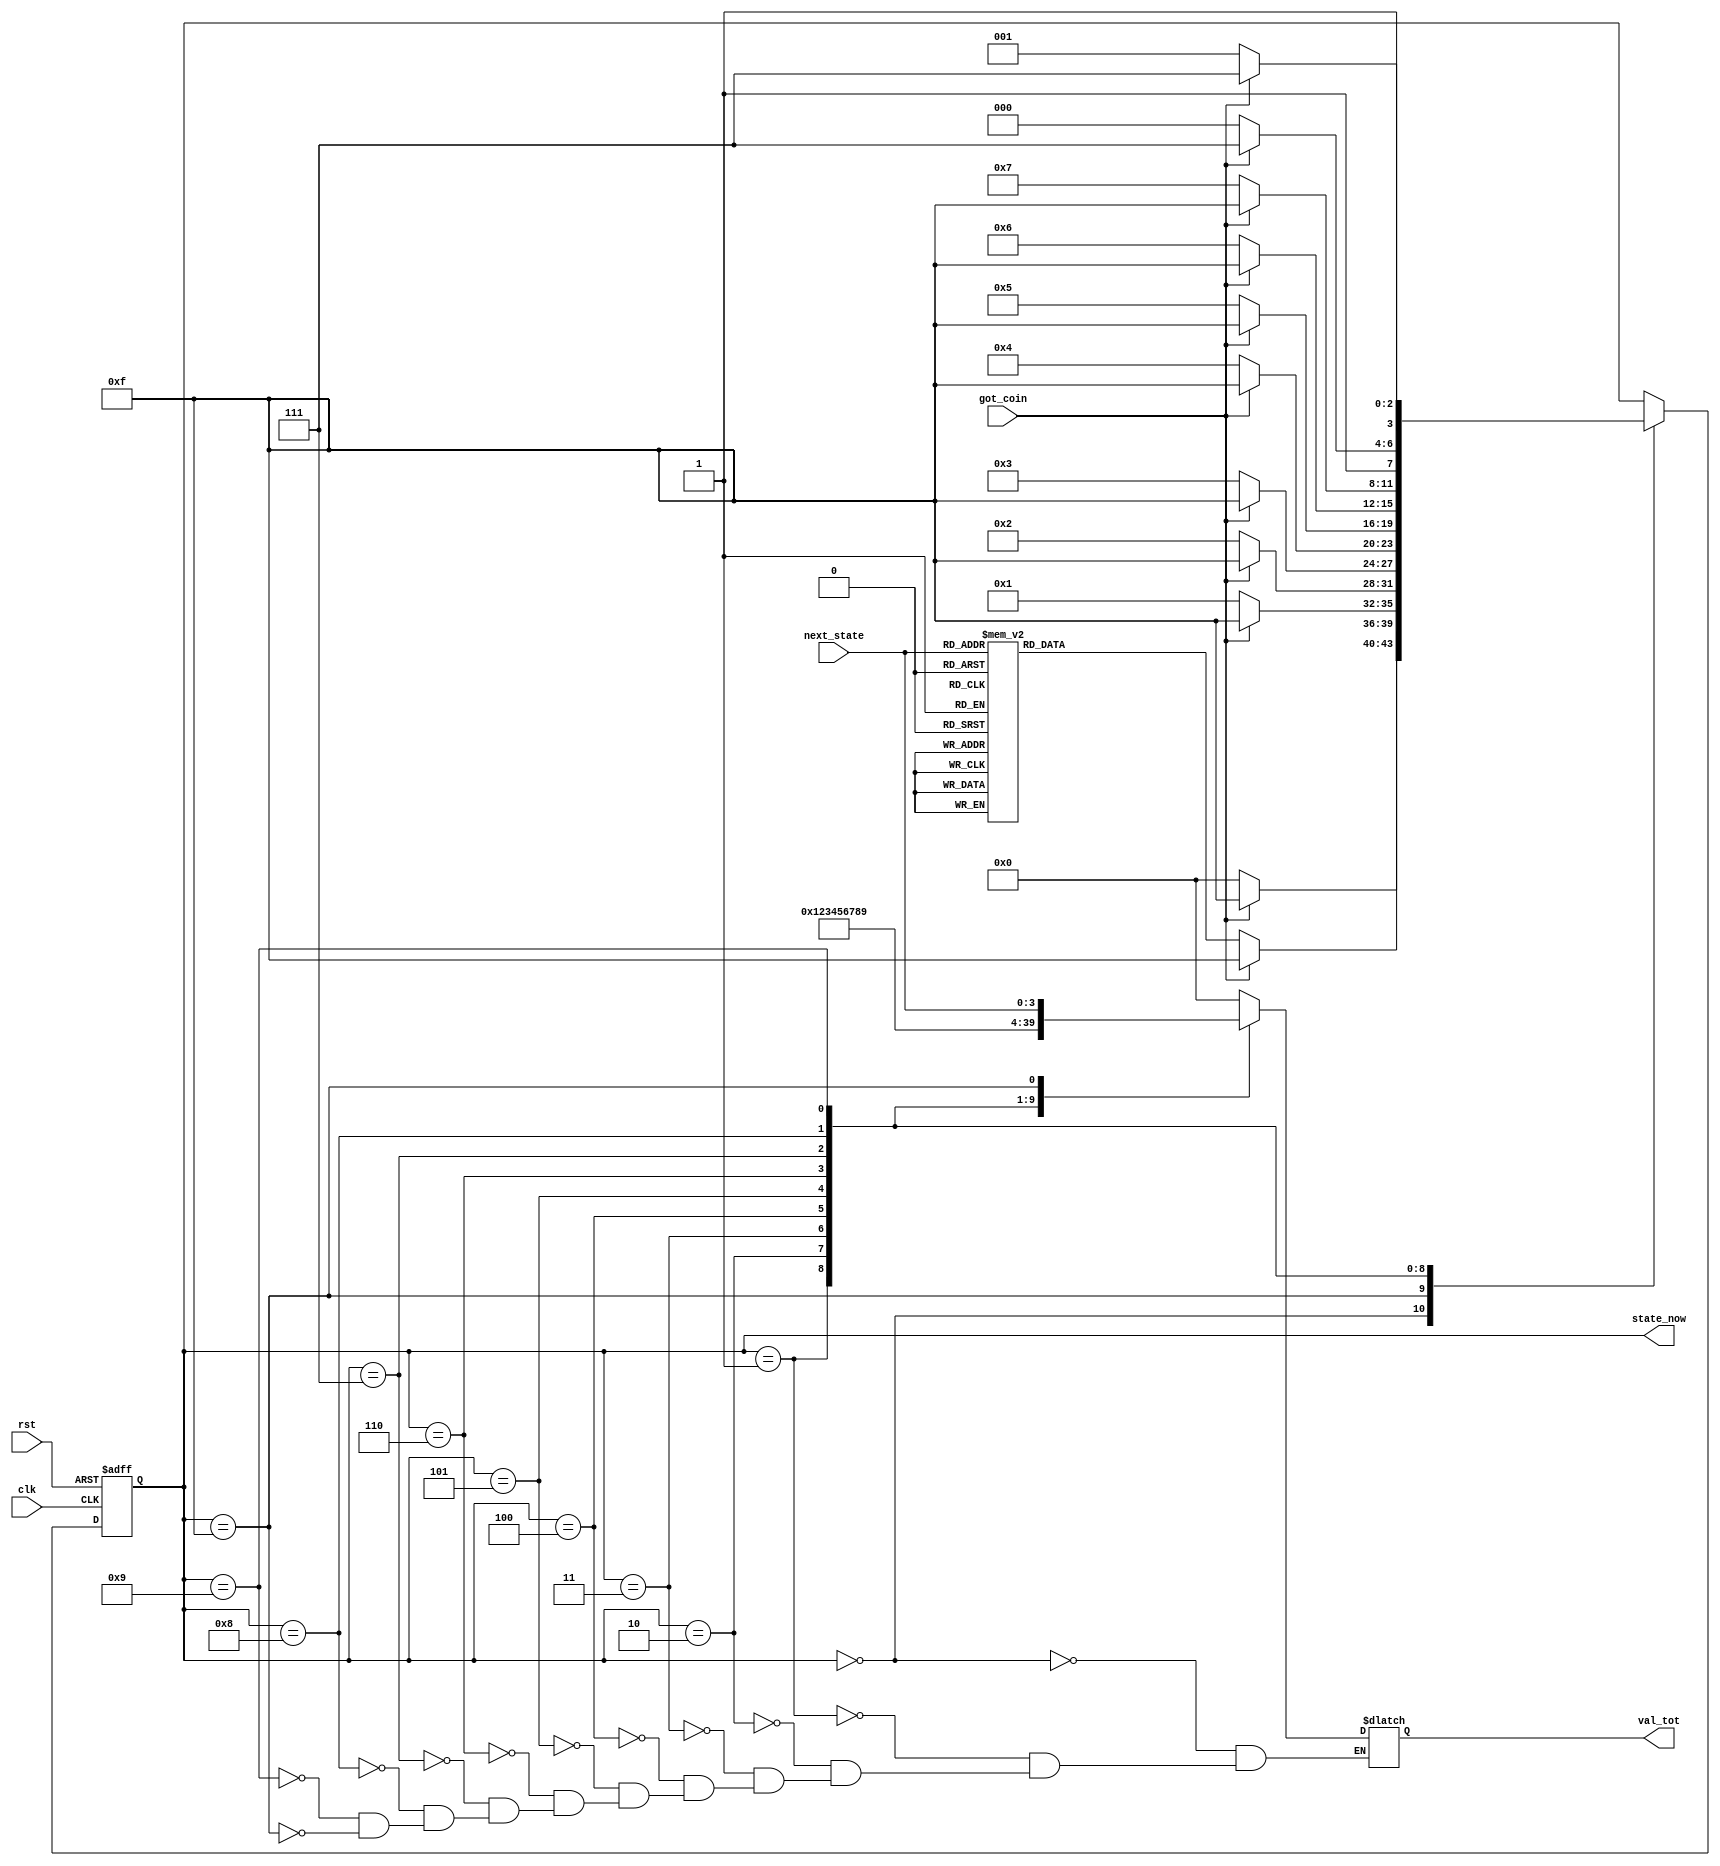
module get_val_tot(clk, rst ,next_state , val_tot, got_coin, state_now);
	input clk, rst ,got_coin;
	input [3:0] next_state;
	
	parameter 
	penny0 = 4'b0000,
	penny0_25 = 4'b0001 ,
	penny0_50 = 4'b0010,
	penny0_75 = 4'b0011,
	penny1 = 4'b0100,
	penny1_25 = 4'b0101,
	penny1_50 = 4'b0110,
	penny1_75 = 4'b0111,
	penny2 = 4'b1000,
	penny_invalid = 4'b1001,
	wait_pulse_down = 4'b1111;
	
	
	output reg [3:0] val_tot, state_now;
	reg [3:0] state;

	
	initial begin
		state <= penny0;
		val_tot = 0;
		state_now <= 0;
		
	end
	
	always@(posedge clk, negedge rst) begin
		
		if(rst == 0) state <= penny0;
		
		else begin
			case(state)
		
				penny0: begin
				
					if(got_coin) begin
						
						state <= wait_pulse_down;
						
					end
					
					else state <= penny0;	
				end 
				
				wait_pulse_down: begin
					if(got_coin) state <= wait_pulse_down;
					
					else begin 
						case(next_state)
							penny0: state <=  penny0;
							penny0_25: state <=  penny0_25;
							penny0_50: state <=  penny0_50;
							penny0_75: state <=  penny0_75;
							penny1: state <=  penny1;
							penny1_25:  state <=  penny1_25;
							penny1_50:  state <=  penny1_50;
							penny1_75:  state <=  penny1_75;
							penny2:  state <=  penny2;
							default: state <= penny_invalid;
						endcase
					end
				end
				
				
				penny0_25: begin
				
					if(got_coin) begin
					
						
						state <= wait_pulse_down;
						
					end
					else state <= penny0_25;	
				end 
				
				penny0_50: begin
				
					if(got_coin) begin
					
						
						state <= wait_pulse_down;
						
					end
					else state <= penny0_50;	
				end 
				
				penny0_75: begin
				
					if(got_coin) begin
					
						
						state <= wait_pulse_down;
						
					end
					else state <= penny0_75;	
				end 
				
				penny1: begin
				
					if(got_coin) begin
					
						
						state <= wait_pulse_down;
						
					end
					else state <= penny1;	
				end 
				
				
				penny1_25: begin
				
					if(got_coin) begin
					
						
						state <= wait_pulse_down;
						
					end
					else state <= penny1_25;	
				end 
				
				penny1_50: begin
				
					if(got_coin) begin
					
						
						state <= wait_pulse_down;
						
					end
					else state <= penny1_50;	
				end 
				
				penny1_75: begin
				
					if(got_coin) begin
					
						
						state <= wait_pulse_down;
						
					end
					else state <= penny1_75;	
				end 
				
				penny2: begin
				
					if(got_coin) begin
					
						
						state <= wait_pulse_down;
						
					end
					else state <= penny2;	
				end 
				
				penny_invalid: begin
					
					if(got_coin) begin
					
						
						state <= wait_pulse_down;
						
					end
					else state <= penny_invalid;
				end
				
			endcase
		
		end
	
	
		
	end
	
	always@(state)begin
	
		case (state)
			penny0: val_tot = 0;
			penny0_25: val_tot = 1;
			penny0_50: val_tot = 2;
			penny0_75: val_tot = 3;
			penny1: val_tot = 4;
			penny1_25: val_tot = 5;
			penny1_50: val_tot = 6;
			penny1_75: val_tot = 7;
			penny2: val_tot = 8;
			penny_invalid: val_tot = 9;
			wait_pulse_down: val_tot = next_state;
		endcase
		state_now <= state;
	end
	
endmodule